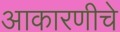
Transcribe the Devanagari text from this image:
आकारणीचे